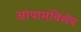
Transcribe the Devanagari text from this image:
आयामविशेष